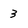
Character: 3